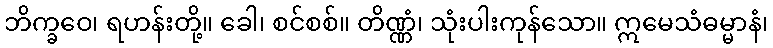
ဘိက္ခဝေ၊ ရဟန်းတို့။ ခေါ၊ စင်စစ်။ တိဏ္ဏံ၊ သုံးပါးကုန်သော။ ဣမေသံဓမ္မာနံ၊